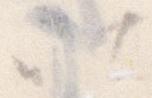
い